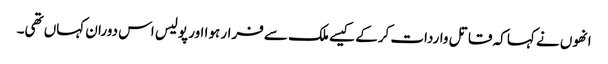
انھوں نے کہا کہ قاتل واردات کرکے کیسے ملک سے فرار ہوا اور پولیس اس دوران کہاں تھی۔